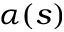
\alpha ( s )